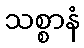
သစ္စာနံ